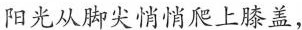
\underline{阳光从脚尖悄悄爬上膝盖，}